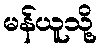
မန်ယူသို့